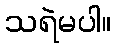
သရဲမပါ။